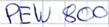
Text: PEW800